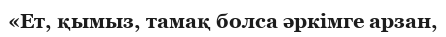
«Ет, қымыз, тамақ болса әркімге арзан,